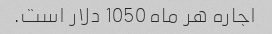
اجاره هر ماه 1050 دلار است.